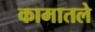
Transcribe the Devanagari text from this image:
कामातले